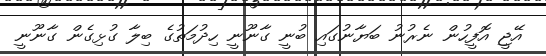
އޭޖީ އޮފީހުން ނެރުނު ބަޔާނުގައި ބުނީ ގާނޫނީ ހިދުމަތުގެ ބިލާ ގުޅިގެން ގާނޫނީ